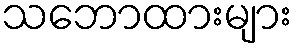
သဘောထားများ